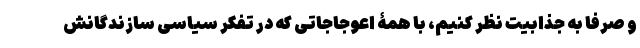
و صرفا به جذابیت نظر کنیم، با همۀ اعوجاجاتی که در تفکر سیاسی سازندگانش